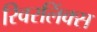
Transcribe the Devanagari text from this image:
रिवरलिंक्स